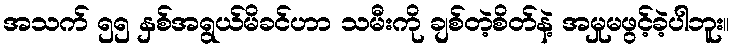
အသက် ၅၅ နှစ်အရွယ်မိခင်ဟာ သမီးကို ချစ်တဲ့စိတ်နဲ့ အမှုမဖွင့်ခဲ့ပါဘူး။